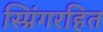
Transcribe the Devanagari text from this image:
स्प्रिंगरहित